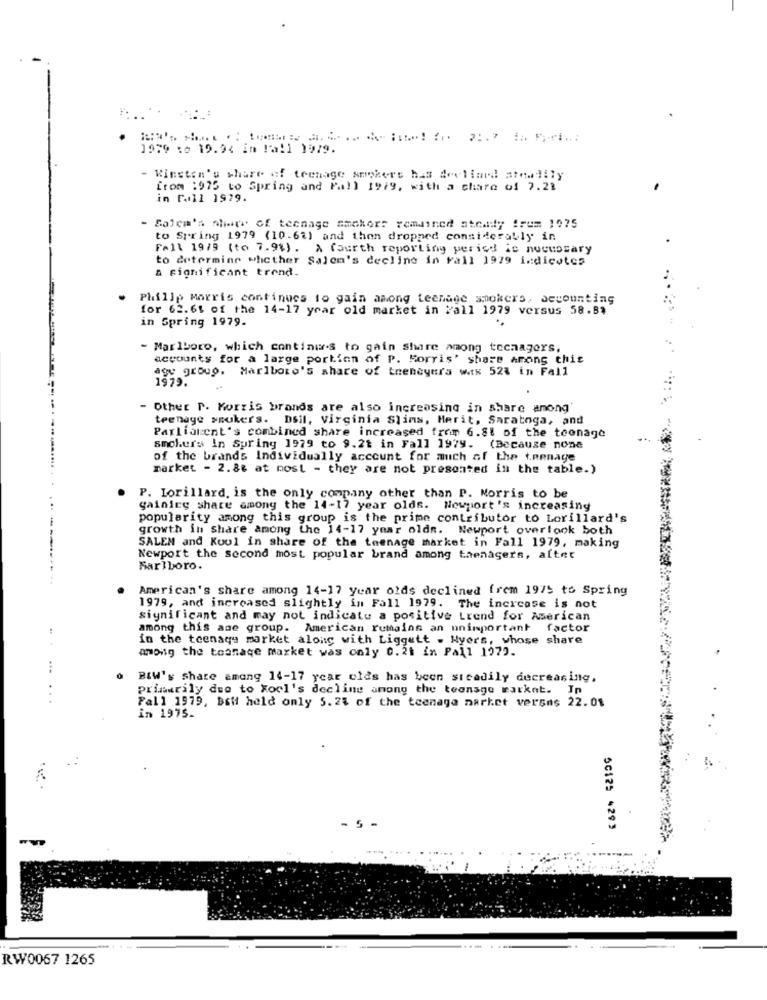
....
1979 :e 19.94 in !all 1979.
- Winston's share of teenage smokers has declined atnalily
from :975 to Spring and Pall 1979, with a charo of 7.21
in rull 1929.
- Salem's metr of teenage smokers remained steady !rem 1075
to Spring 1979 (10-64) and then dropped considerably in
Fall 1979 (to 7.98) . A fourth reporting period is nucupsary
to determine whether Salon's decline in Fall 1979 indicates
a significant trend.
Philip Morris continues to gain among teenage smokers, accounting
for 62.61 of the 14-17 year old market in y'all 1979 versus 58.84
in Spring 1979.
..
- Marlboro, which continues to gain share among techagers,
accounts for a large portion of P. Morris' share among this
agy group. Marlboro's share of treneyera wts 524 in Fall
1979.
- Other P. Morris brands are also increasing in share among'
teenage smokers. Dsil, Virginia Slims, Herit, Saratoga, and
Parliament's combined share increased from 6.81 of the teenage
smokers in Suring 1979 to 9.21 in Fall 1979. (Because none
of the brands Individually account for much of the teenage
market - 2.86 at most - they are not presented in the table.)
P. Lorillard. is the only company other than P. Morris to be
gainice share among the 14-17 year olds. Newport's increasing
popularity among this group is the prime contributor to Lorillard's
growth in Share among the 14-17 year olds. Newport overlook both
SALEM and Kool in share of the teenage market in Fall 1979, making
Newport the second most popular brand among thenagers, altet
Marlboro.
American's share among 14-17 year olds declined frem 1975 to Spring
1979, and increased slightly in Fall 1979. The increase is not
significant and may not indicate a positive Lrend for American
among this age group. American remains an unimportant factor
in the teenage market along with Liggett . Wyers, whose share
among the toanage market was only 0. 2t in Pall 1972.
BlW's share among 14-17 year olds has been sicadily decreasing.
Primarily due to Xool's decline among the teenage market. In
Fall 1979, Bett held only 5.24 of the teenage market versns 22.01
in 1975-
.5 -
5C125 4293
RW0067 1265